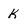
Character: K